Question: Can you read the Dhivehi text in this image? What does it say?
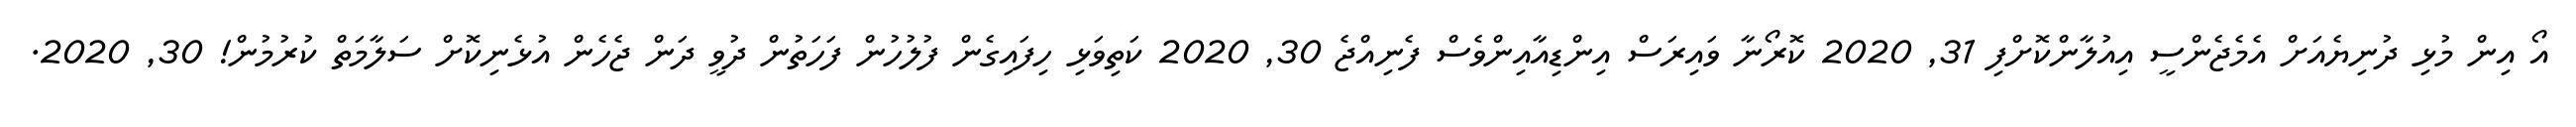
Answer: އޯ އިން މުޅި ދުނިޔެއަށް އެމެޖެންސީ އިއުލާންކޮށްފި 31, 2020 ކޮރޯނާ ވައިރަސް އިންޑިއާއިންވެސް ފެނިއްޖެ 30, 2020 ކަތިވަޅި ހިފައިގެން ފުލުހުން ފަހަތުން ދުވީ ދަން ޖެހެން އުޅެނިކޮށް ސަލާމަތް ކުރުމުން! 30, 2020.